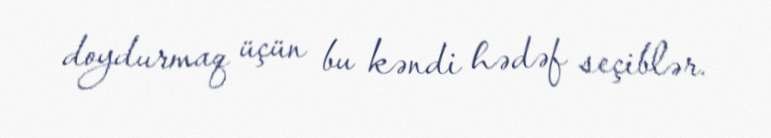
doydurmaq üçün bu kəndi hədəf seçiblər.